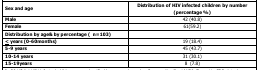
| Sex and age | Distribution of HIV infected children by number (percentage %) |
 | --- | --- |
 | Male | 42 (40.8) |
 | Female | 61(59.2) |
 | <COLSPAN=2> Distribution by age& by percentage ( n=103) |
 | ≤ years (0-60months) | 19 (18.4) |
 | 5-9 years | 45 (43.7) |
 | 10-14 years | 31 (30.1) |
 | 15-19years | 8 (7.8) |